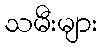
သမီးများ